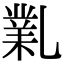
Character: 𠄅